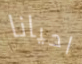
احيانا